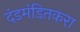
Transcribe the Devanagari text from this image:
दंडमंडितकरा